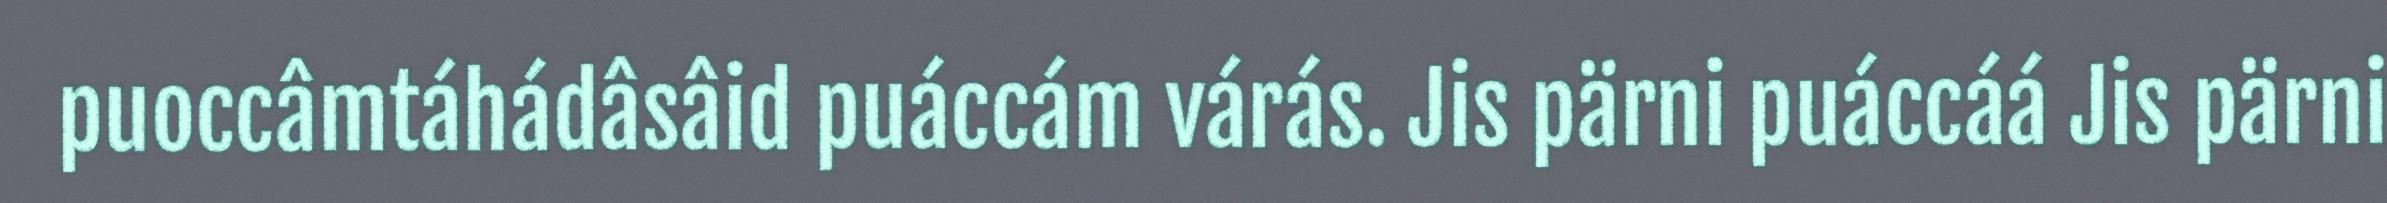
puoccâmtáhádâsâid puáccám várás. Jis pärni puáccáá Jis pärni